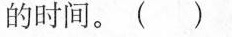
的时间。( )